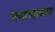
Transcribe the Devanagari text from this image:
मण्डलराज्य